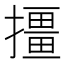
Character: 㩖